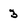
Character: 3